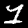
Digit: 1